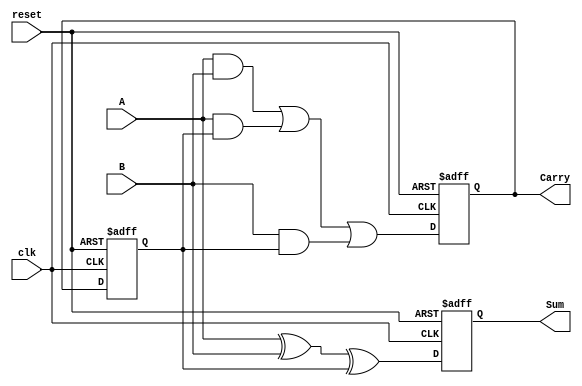
module sequential_half_adder (
    input wire clk,          // Clock input
    input wire reset,        // Asynchronous reset input
    input wire A,           // First single-bit input
    input wire B,           // Second single-bit input
    output reg Sum,         // Sum output
    output reg Carry        // Carry output
);

    // State register to hold the previous carry value
    reg prev_carry;

    // Always block for sequential logic
    always @(posedge clk or posedge reset) begin
        if (reset) begin
            // Reset state
            Sum <= 0;
            Carry <= 0;
            prev_carry <= 0;
        end else begin
            // Calculate new Sum and Carry
            Sum <= A ^ B ^ prev_carry;                  // Sum = A XOR B XOR previous carry
            Carry <= (A & B) | (A & prev_carry) | (B & prev_carry);  // Carry = A AND B OR A AND previous carry OR B AND previous carry
            prev_carry <= Carry;                        // Update previous carry for next cycle
        end
    end
    
endmodule